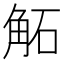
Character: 𧣔